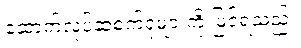
ဆောက်လုပ်ဆဲစက်ရုံများကို မြင်ရသည်။